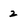
Character: 2